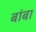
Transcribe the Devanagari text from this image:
बांबा